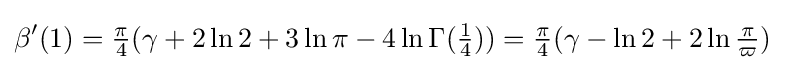
\beta '(1)={\tfrac {\pi }{4}}(\gamma +2\ln 2+3\ln \pi -4\ln \Gamma ({\tfrac {1}{4}}))={\tfrac {\pi }{4}}(\gamma -\ln 2+2\ln {\tfrac {\pi }{\varpi }})